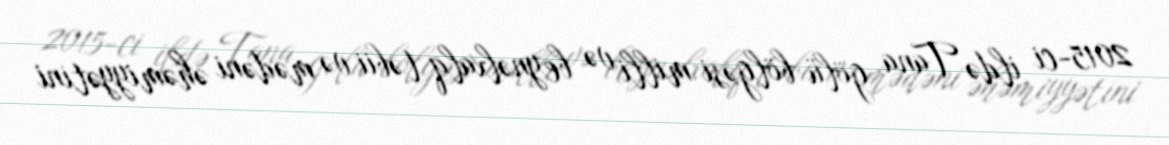
2015-ci ildə Tana gölü bölgəsi milli və beynəlxalq təbii və mədəni əhəmiyyətini